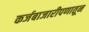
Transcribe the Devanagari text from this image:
कर्जबाजारीपणातून